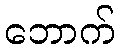
ဘောက်